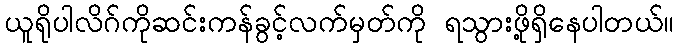
ယူရိုပါလိဂ်ကိုဆင်းကန်ခွင့်လက်မှတ်ကို ရသွားဖို့ရှိနေပါတယ်။